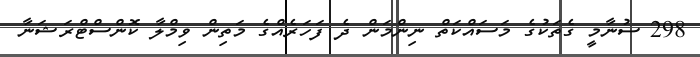
298 ސުނާމީ ގެތަކުގެ މަސައްކަތް ނިންމަން ދެ ފަހަރެއްގެ މަތިން ވިމްލާ ކޮންސްޓްރަޝަނާ